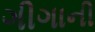
ગીગાની